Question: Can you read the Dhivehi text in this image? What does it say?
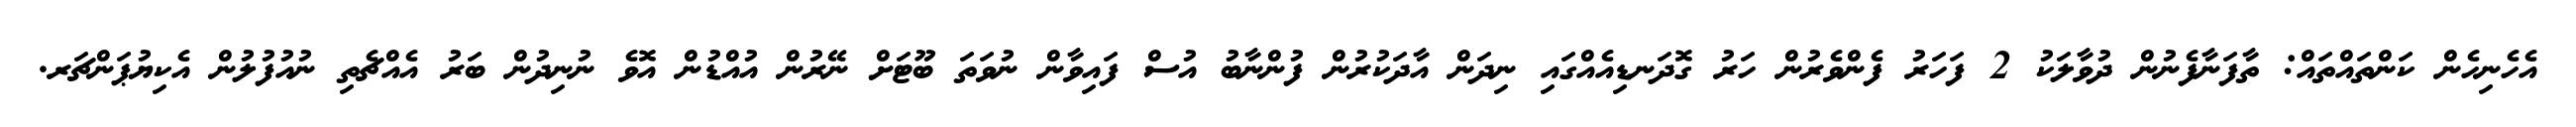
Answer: އެހެނިހެން ކަންތައްތައް: ތާފަނާފެނުން ދުވާލަކު 2 ފަހަރު ފެންވެރުން ހަރު ގޮދަނޑިއެއްގައި ނިދަން އާދަކުރުން ފުންނާބު އުސް ފައިވާން ނުވަތަ ބޫޓަށް ނޭރުން އުއްޑުން އޮވެ ނުނިދުން ބަރު އެއްޗެތި ނުއުފުލުން އެކިޔުޕަންޗަރ.